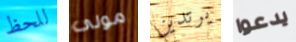
للحظ مولى يرتدين يدعوا